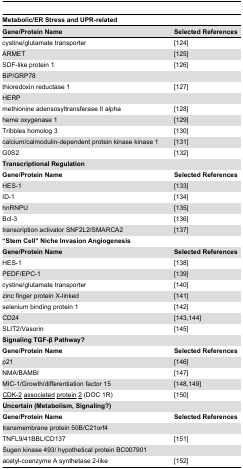
| <COLSPAN=2> Metabolic/ER Stress and UPR-related |
 | Gene/Protein Name | Selected References |
 | --- | --- |
 | cystine/glutamate transporter | [124] |
 | ARMET | [125] |
 | SDF-like protein 1 | [126] |
 | BiP/GRP78 |  |
 | thioredoxin reductase 1 | [127] |
 | HERP |  |
 | methionine adensosyltransferase II alpha | [128] |
 | heme oxygenase 1 | [129] |
 | Tribbles homolog 3 | [130] |
 | calcium/calmodulin-dependent protein kinase kinase 1 | [131] |
 | G0S2 | [132] |
 | <COLSPAN=2> Transcriptional Regulation |
 | Gene/Protein Name | Selected References |
 | HES-1 | [133] |
 | ID-1 | [134] |
 | hnRNPU | [135] |
 | Bcl-3 | [136] |
 | transcription activator SNF2L2/SMARCA2 | [137] |
 | <COLSPAN=2> “Stem Cell” Niche Invasion Angiogenesis |
 | Gene/Protein Name | Selected References |
 | HES-1 | [138] |
 | PEDF/EPC-1 | [139] |
 | cystine/glutamate transporter | [140] |
 | zinc finger protein X-linked | [141] |
 | selenium binding protein 1 | [142] |
 | CD24 | [143,144] |
 | SLIT2/Vasorin | [145] |
 | <COLSPAN=2> Signaling TGF-β Pathway? |
 | Gene/Protein Name | Selected References |
 | p21 | [146] |
 | NMA/BAMBI | [147] |
 | MIC-1/Growth/differentiation factor 15 | [148,149] |
 | <underline>CDK-2</underline><underline>associated</underline><underline>protein</underline><underline>2</underline> (DOC 1R) | [150] |
 | <COLSPAN=2> Uncertain (Metabolism, Signaling?) |
 | Gene/Protein Name | Selected References |
 | transmembrane protein 50B/C21orf4 |  |
 | TNFL9/41BBL/CD137 | [151] |
 | Sugen kinase 493/ hypothetical protein BC007901 |  |
 | acetyl-coenzyme A synthetase 2-like | [152] |